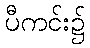
ပီကင်း၌